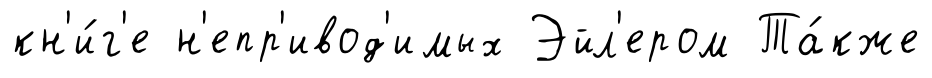
кн'и́г'е н'епр'ивод'имых Эйл'ером Та́кже